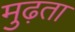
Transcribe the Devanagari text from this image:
मुढ़ता